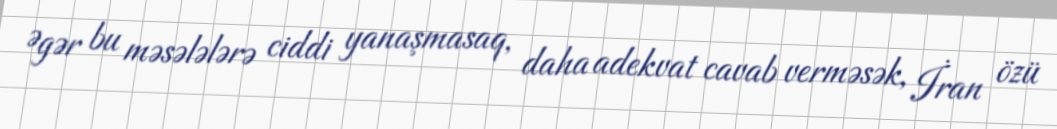
Əgər bu məsələlərə ciddi yanaşmasaq, daha adekvat cavab verməsək, İran özü